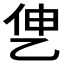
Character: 𰁷